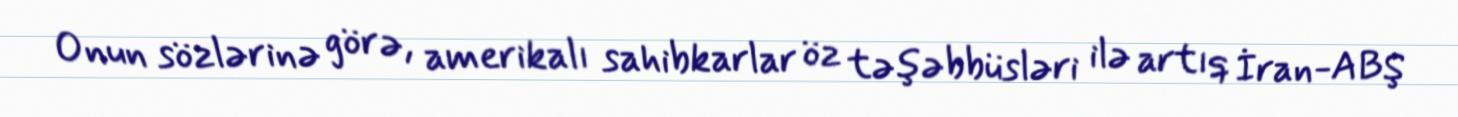
Onun sözlərinə görə, amerikalı sahibkarlar öz təşəbbüsləri ilə artıq İran-ABŞ